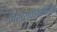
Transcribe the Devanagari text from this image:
गैरव्यवहारातील